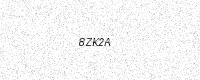
Text: 8ZK2A